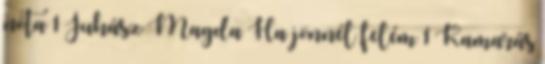
nóta 1 Juhász Magda Ha jönnél felém 1 Kamarás